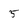
Character: 5